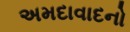
અમદાવાદનો